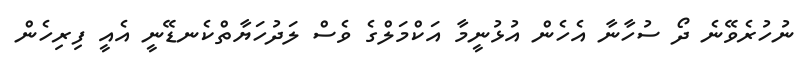
ނުހުރެވޭނެ ދޯ ސުހާނާ އެހެން އުޅުނީމާ އަކްމަލްގެ ވެސް ލަދުހަޔާތްކެނޑޭނީ އެއީ ފިރިހެން